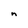
Character: n